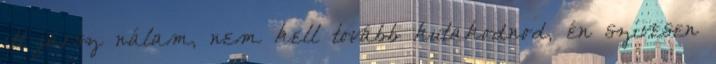
itt jársz nálam, nem kell tovább kutakodnod, én szívesen